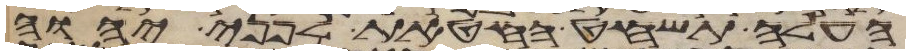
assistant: העלה תשחט החטאת לפני יהוה